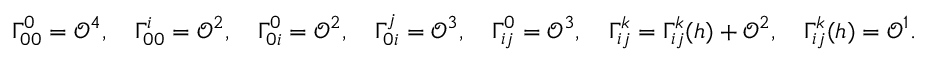
\Gamma _ { 0 0 } ^ { 0 } = \mathcal { O } ^ { 4 } , \quad \Gamma _ { 0 0 } ^ { i } = \mathcal { O } ^ { 2 } , \quad \Gamma _ { 0 i } ^ { 0 } = \mathcal { O } ^ { 2 } , \quad \Gamma _ { 0 i } ^ { j } = \mathcal { O } ^ { 3 } , \quad \Gamma _ { i j } ^ { 0 } = \mathcal { O } ^ { 3 } , \quad \Gamma _ { i j } ^ { k } = \Gamma _ { i j } ^ { k } ( h ) + \mathcal { O } ^ { 2 } , \quad \Gamma _ { i j } ^ { k } ( h ) = \mathcal { O } ^ { 1 } .